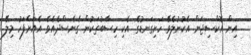
އިން އޮކްސިޖަން އެކުނުލެވޭ ހަށިގަނޑުގެ އެކި ހިސާބުތަކުން ގެނެސްދެއެވެ. އެއަށްފަހު މިލޭ